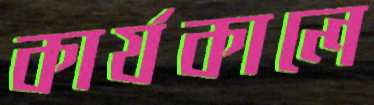
কার্যকালে